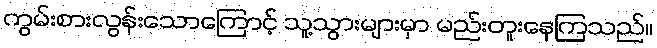
ကွမ်းစားလွန်းသောကြောင့် သူ့သွားများမှာ မည်းတူးနေကြသည်။